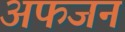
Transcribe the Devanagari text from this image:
अफजन